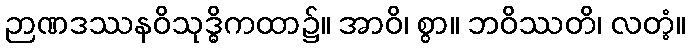
ဉာဏဒဿနဝိသုဒ္ဓိကထာ၌။ အာဝိ၊ စွာ။ ဘဝိဿတိ၊ လတံ့။